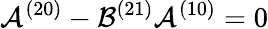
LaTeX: \mathcal{A}^{(20)}-\mathcal{B}^{(21)}\mathcal{A}^{(10)}=0